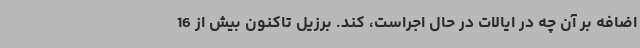
اضافه بر آن چه در ایالات در حال اجراست، کند. برزیل تاکنون بیش از 16